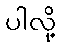
ပါလို့